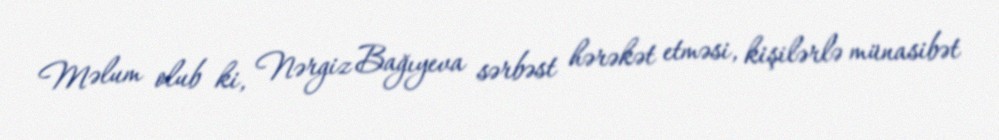
Məlum olub ki, Nərgiz Bağıyeva sərbəst hərəkət etməsi, kişilərlə münasibət